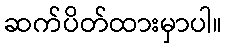
ဆက်ပိတ်ထားမှာပါ။